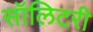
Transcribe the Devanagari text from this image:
सॉलिटरी